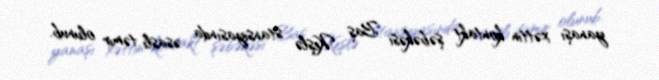
yanaşı xəttin kontakt şəbəkəsi Baş Keşlə stansiyasında əsaslı təmir olunub.